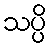
သပ္ပိ